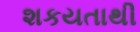
શકયતાથી